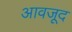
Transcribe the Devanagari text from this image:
आवजूद